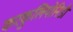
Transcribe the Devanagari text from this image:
करकुलियोनिडी